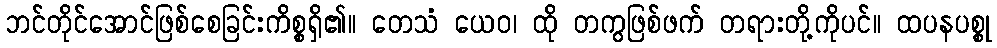
ဘင်တိုင်အောင်ဖြစ်စေခြင်းကိစ္စရှိ၏။ တေသံ ယေဝ၊ ထို တကွဖြစ်ဖက် တရားတို့ကိုပင်။ ထပနပစ္စု